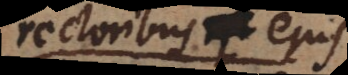
rectoribus ejus